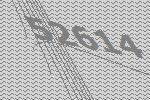
52614